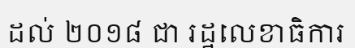
ដល់ ២០១៨ ជា រដ្ឋលេខាធិការ